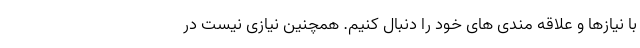
با نیازها و علاقه مندی های خود را دنبال کنیم. همچنین نیازی نیست در